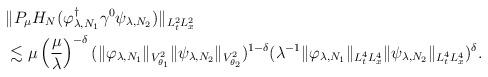
LaTeX: \begin{align*}\begin{aligned}&\|P_\mu H_N(\varphi_{\lambda,N_1}^\dagger\gamma^0\psi_{\lambda,N_2})\|_{L^2_tL^2_x} \\&\lesssim \mu\left(\frac\mu\lambda\right)^{-\delta} (\|\varphi_{\lambda,N_1}\|_{V^2_{\theta_1}}\|\psi_{\lambda,N_2}\|_{V^2_{\theta_2}})^{1-\delta}(\lambda^{-1} \|\varphi_{\lambda,N_1}\|_{L^4_tL^4_x}\|\psi_{\lambda,N_2}\|_{L^4_tL^4_x} )^\delta.\end{aligned}\end{align*}